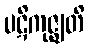
ပဋိကုဇ္ဈတိ